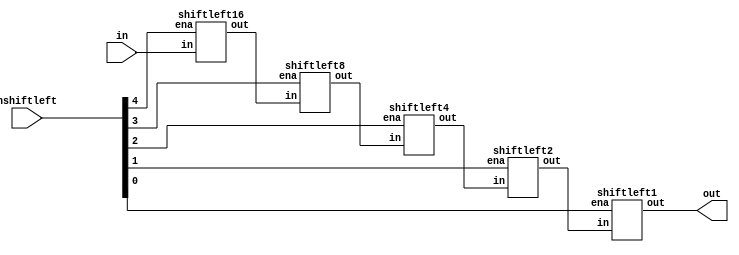
module shiftleft(in, nshiftleft, out);

input	[24:0]	in;
input	[4:0]	nshiftleft;
output	[24:0]	out;

wire	[24:0]	temp1, temp2, temp3, temp4;

shiftleft16 shift_1(.in(in), .ena(nshiftleft[4]), .out(temp1));
shiftleft8  shift_2(.in(temp1), .ena(nshiftleft[3]), .out(temp2));
shiftleft4  shift_3(.in(temp2), .ena(nshiftleft[2]), .out(temp3));
shiftleft2  shift_4(.in(temp3), .ena(nshiftleft[1]), .out(temp4));
shiftleft1  shift_5(.in(temp4), .ena(nshiftleft[0]), .out(out));

endmodule

/////////////////////////////////////////////////////////////////////

module	shiftleft16(in, ena, out);

input	[24:0]	in;
input			ena;
output	[24:0]	out;

assign out = ena?{in[8:0],16'b0}:in;
endmodule

module	shiftleft8(in, ena, out);

input	[24:0]	in;
input			ena;
output	[24:0]	out;

assign out = ena?{in[16:0],8'b0}:in;
endmodule

/////////////////////////////////////////////////////////////////////

module	shiftleft4(in, ena, out);

input	[24:0]	in;
input			ena;
output	[24:0]	out;

assign out = ena?{in[20:0],4'b0}:in;
endmodule

/////////////////////////////////////////////////////////////////////

module	shiftleft2(in, ena, out);

input	[24:0]	in;
input			ena;
output	[24:0]	out;

assign out = ena?{in[22:0],2'b0}:in;
endmodule

/////////////////////////////////////////////////////////////////////

module	shiftleft1(in, ena, out);

input	[24:0]	in;
input			ena;
output	[24:0]	out;

assign out = ena?{in[23:0],1'b0}:in;
endmodule